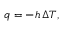
q = - h \, \Delta T ,